Civil Veterinary Department. United Provinces 1923-31 - 1923-1931
Year: 1923
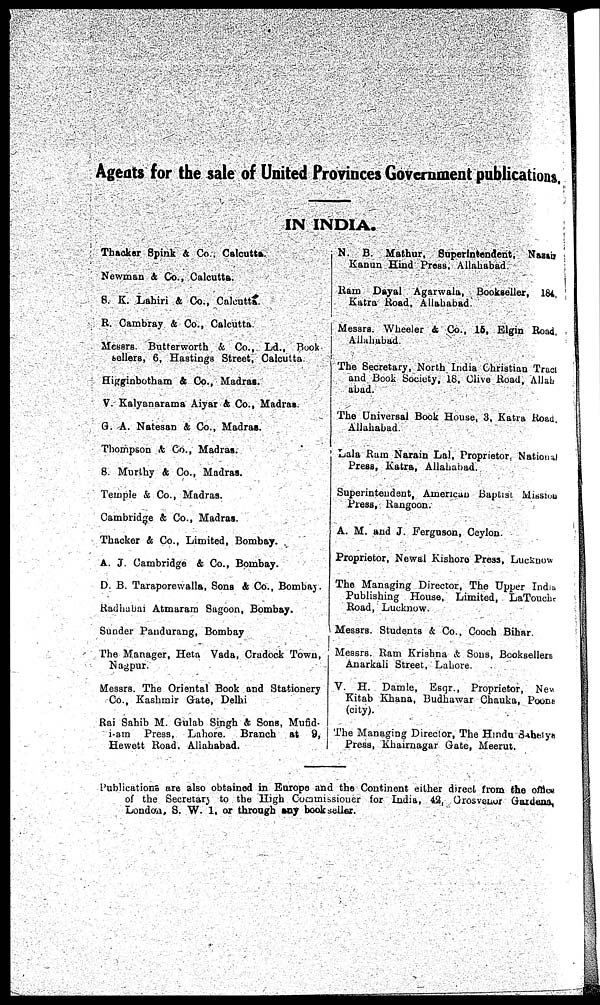
Agents for the sale of United Provinces Government publication.
IN INDIA.
Thecker Spink A Co.. Calcutta.
Newman 4 Co., Calcutta.
S. K. Lahiri 4 Co., Calcutta.
R. Cambray & Co., Calcutta
Messers. Butterworth & Co., Ld., Book
sellers, 6, Hastings Street, Calcutta.
Higginbotham & Co., Madras.
V. Kalyanarama Aiyar & Co., Madras
G. A. Natessn & Co., Madras.
Thompson & Co., Madras.
8. Murthy & Co., Madras.
Temple & Co., Madras.
Cambridge 4 Co., Madras.
Thacker & Co., Limited, Bombay.
A. J. Cambridge 4 Co., Bombay.
D. B. Taraporewalla, Sons & Co., Bombay.
Radhabai Atmaram Sagoon, Bombay.
Sunder Pandurang, Bombay
The Manager, Heta Vada, Crudock Town,
Napur.
Messrs. The Oriental Book and Stationery
Co., Kashmir Gate. Delhi
Rai Sahib M. Gulab Singh & Sons, Mufid-
1-ain Press, Lahore. Branch at 9,
Hewett Road. Allahabad.
N. B. Methur, Superintendent, Nassn
Kanun Hind Press. Allahabad
Ram Dayal Agarwala, Bookseller, 184.
Katra Road. Allahabad.
Messrs. Wheeler 4 Co., 16, Elgin Road.
Allahabad.
The Secretary, North India Christian Tract
and Book Society, 18. Clive Road, Allah
abad.
The Universal Book House, 3, Katra Road.
Allahabad.
Lala Ram Narain Lal, Proprietor, National
Press, Katra, Allahabad.
Superintendent, American Baptist Messers
Press, Rangoon.
A. M. and J. Ferguson, Ceylon.
Proprietor, Newel Kishore Press, Lucknow
The Managing Director, The Upper India.
Publishing House, Limited, LaTouchr
Road, Lucknow.
Messrs. Students & Co., Cooch Bihar
Messrs. Ram Krishna & Sons, Booksellers
Anarkali Street, LaLore.
V. H. Damle, Eaqr., Proprietor, New
Kitab Khana, Budhawar Chauka, Poone
(city).
The Managing Director, The Hindu dabelya
Press, Khairnagar Gate, Meerut.
Publications are also obtained in Europe and the Continent either direct from the offlow
of the Secretary to the High Commissioner for India, 42, Grosvenor Gardens,
London, S. W. I. or through any bookseller.